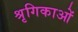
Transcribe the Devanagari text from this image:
श्रृगिकाओं